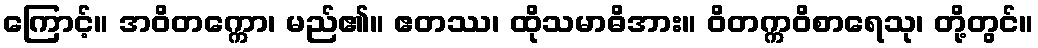
ကြောင့်။ အဝိတက္ကော၊ မည်၏။ ဧတဿ၊ ထိုသမာဓိအား။ ဝိတက္ကဝိစာရေသု၊ တို့တွင်။